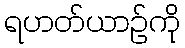
ရဟတ်ယာဉ်ကို